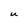
Character: U